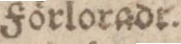
Förloradr.